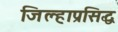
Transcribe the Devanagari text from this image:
जिल्हाप्रसिद्ध